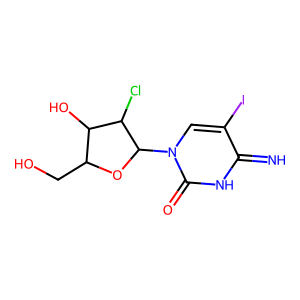
SMILES: N=c1[nH]c(=O)n(C2OC(CO)C(O)C2Cl)cc1I
Inhibits HIV replication: No